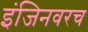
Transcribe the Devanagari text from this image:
इंजिनवरच